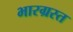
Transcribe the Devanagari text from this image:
भारग्रस्त